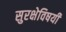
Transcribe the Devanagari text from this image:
सुरक्षेविषयी